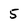
Character: 5